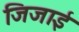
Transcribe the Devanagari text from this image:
जिजाई